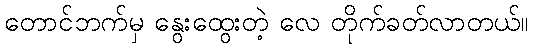
တောင်ဘက်မှ နွေးထွေးတဲ့ လေ တိုက်ခတ်လာတယ်။